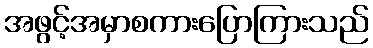
အဖွင့်အမှာစကားပြောကြားသည်